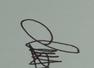
Signature authenticity: genuine